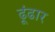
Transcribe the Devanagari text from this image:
ढूंढार